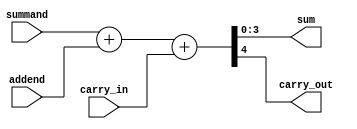
module binary_adder (output wire [3:0] sum,
                     output wire carry_out,
                     input wire [3:0] summand,
                     input wire [3:0] addend,
                     input wire carry_in);
assign {carry_out, sum} = summand + addend + carry_in;
endmodule